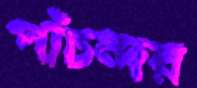
পাঁচন্দর